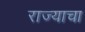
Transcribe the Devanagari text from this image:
राज्‍याचा